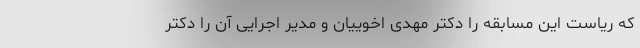
که ریاست این مسابقه را دکتر مهدی اخوییان و مدیر اجرایی آن را دکتر